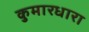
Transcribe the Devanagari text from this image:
कुमारधारा